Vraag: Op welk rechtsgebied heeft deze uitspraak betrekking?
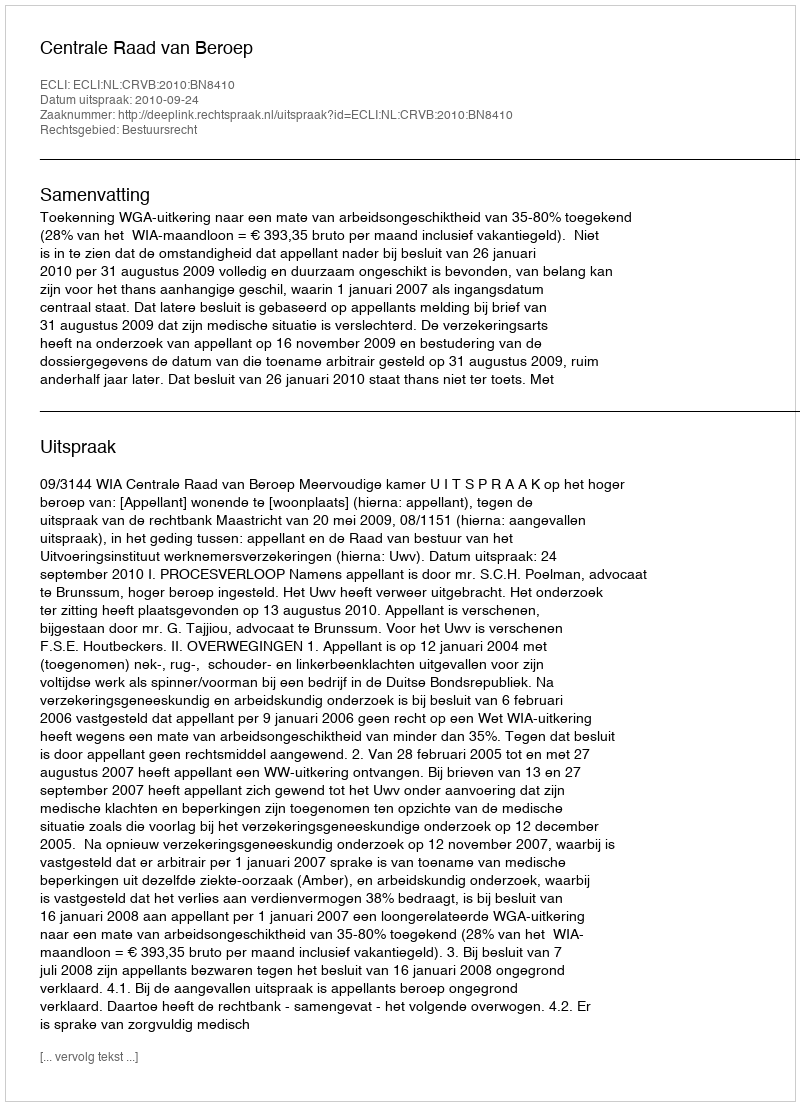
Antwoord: Bestuursrecht